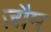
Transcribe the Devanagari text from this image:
ज़ौम